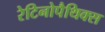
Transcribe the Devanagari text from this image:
रेटिनोपैथिक्स